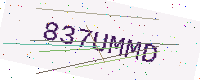
Text: 837UMMD